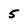
Character: 5